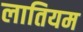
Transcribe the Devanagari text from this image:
लातियम